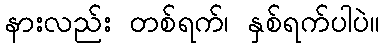
နားလည်း တစ်ရက်၊ နှစ်ရက်ပါပဲ။